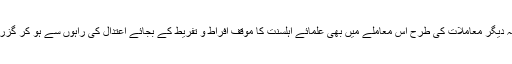
الحمداللہ دیگر معاملات کی طرح اس معاملے میں بھی علمائے اہلسنت کا موقف افراط و تفریط کے بجائے اعتدال کی راہوں سے ہو کر گزرتا ہے۔